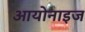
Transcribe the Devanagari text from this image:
आयोनाइज